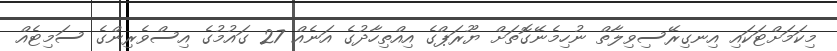
މިކަމަށްޓަކައި އިނގިރޭސިވިލާތް ނުހިމެނޭގޮތަށް ޔޫރަޕްގެ އިއްތިހާދުގެ އަނެއް 27 ގައުމުގެ އިސްވެރިންގެ ސަމިޓެއް